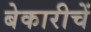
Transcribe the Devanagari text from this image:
बेकारीचें